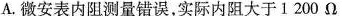
A.微安表内阻测量错误，实际内阻大于1200Ω